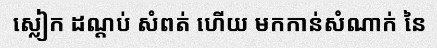
ស្លៀក ដណ្តប់ សំពត់ ហើយ មកកាន់សំណាក់ នៃ